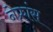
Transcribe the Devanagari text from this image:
नेफ्रांस